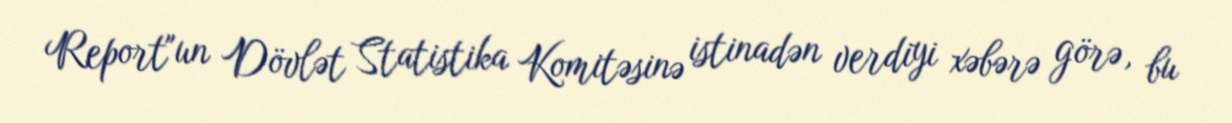
Report"un Dövlət Statistika Komitəsinə istinadən verdiyi xəbərə görə, bu